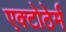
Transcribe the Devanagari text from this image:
एक्टोठेर्म